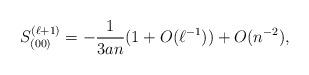
LaTeX: \begin{align*} S_{(00)}^{(\ell+1)}=-\frac{1}{3an} (1+O(\ell^{-1})) + O(n^{-2}),\end{align*}